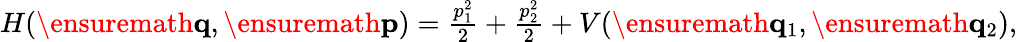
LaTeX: \begin{array}{r}{H(\ensuremath{\mathbf{q}},\ensuremath{\mathbf{p}})=\frac{p_{1}^{2}}{2}+\frac{p_{2}^{2}}{2}+V(\ensuremath{\mathbf{q}}_{1},\ensuremath{\mathbf{q}}_{2}),}\end{array}